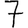
Digit: 7